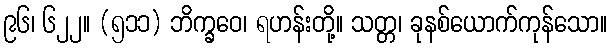
၉၆၊ ၆၂၂။ (၅၁၁) ဘိက္ခဝေ၊ ရဟန်းတို့။ သတ္တ၊ ခုနစ်ယောက်ကုန်သော။